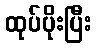
ထုပ်ပိုးပြီး